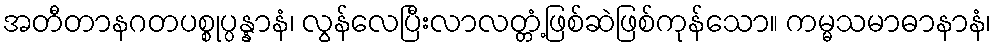
အတီတာနဂတပစ္စုပ္ပန္နာနံ၊ လွန်လေပြီးလာလတ္တံ့ဖြစ်ဆဲဖြစ်ကုန်သော။ ကမ္မသမာဓာနာနံ၊